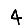
Digit: 4